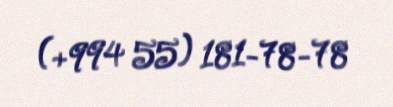
(+994 55) 181-78-78